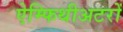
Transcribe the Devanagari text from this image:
ऐम्फिथीअटरों